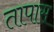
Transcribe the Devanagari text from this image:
तापास